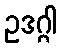
ဥဒဂ္ဂါ